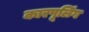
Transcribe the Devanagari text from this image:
कारपूलिंग